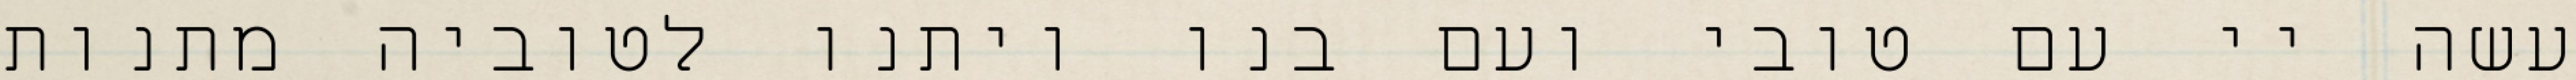
עשה יי עם טובי ועם בנו ויתנו לטוביה מתנות